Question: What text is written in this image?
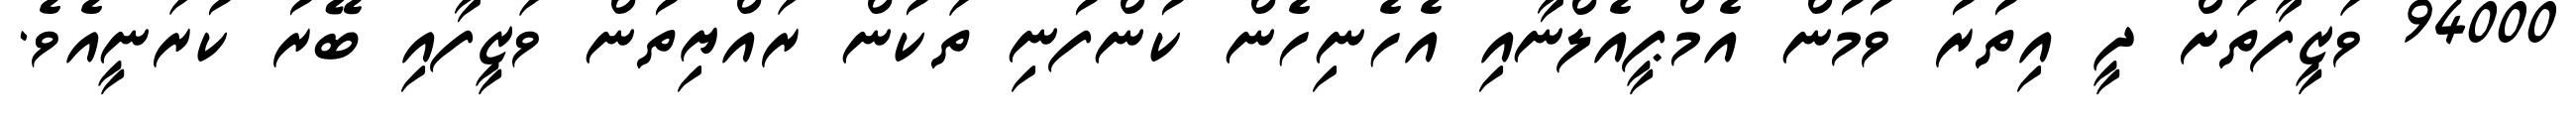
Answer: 94000 ވަޒީފާތަށް ދީ އިތުރު ވުމުން އެމްޕީއެލްނާއި އެހެނިހެން ކުންފުނި ތަކުން ރައްޔިތުން ވަޒީފާއި ބޭރު ކުރަނީއެވެ.